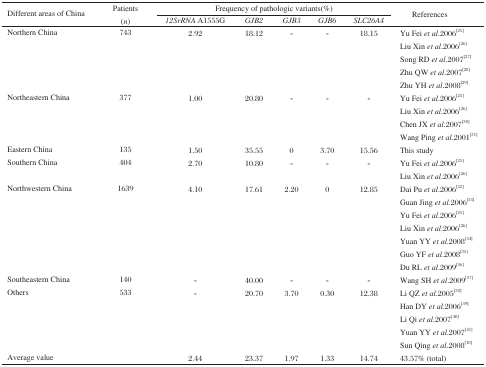
<table><thead><tr><td rowspan="2"><b>Different areas of China</b></td><td rowspan="2"><b>Patients (<i>n</i>)</b></td><td colspan="5"><b>Frequency of pathologic variants(%)</b></td><td rowspan="2"><b>References</b></td></tr><tr><td><b><i>12SrRNA</i> A1555G</b></td><td><b><i>GJB2</i></b></td><td><b><i>GJB3</i></b></td><td><b><i>GJB6</i></b></td><td><b><i>SLC26A4</i></b></td></tr></thead><tbody><tr><td>Northern China</td><td>743</td><td>2.92</td><td>18.12</td><td>-</td><td>-</td><td>18.15</td><td>Yu Fei <i>et al</i>.2006[25]</td></tr><tr><td></td><td></td><td></td><td></td><td></td><td></td><td></td><td>Liu Xin <i>et al</i>.2006[26]</td></tr><tr><td></td><td></td><td></td><td></td><td></td><td></td><td></td><td>Song RD <i>et al</i>.2007[27]</td></tr><tr><td></td><td></td><td></td><td></td><td></td><td></td><td></td><td>Zhu QW <i>et al</i>.2007[28]</td></tr><tr><td></td><td></td><td></td><td></td><td></td><td></td><td></td><td>Zhu YH <i>et al</i>.2008[29]</td></tr><tr><td>Northeastern China</td><td>377</td><td>1.00</td><td>20.80</td><td>-</td><td>-</td><td>-</td><td>Yu Fei <i>et al</i>.2006[25]</td></tr><tr><td></td><td></td><td></td><td></td><td></td><td></td><td></td><td>Liu Xin <i>et al</i>.2006[26]</td></tr><tr><td></td><td></td><td></td><td></td><td></td><td></td><td></td><td>Chen JX <i>et al</i>.2007[30]</td></tr><tr><td></td><td></td><td></td><td></td><td></td><td></td><td></td><td>Wang Ping <i>et al</i>.2001[31]</td></tr><tr><td>Eastern China</td><td>135</td><td>1.50</td><td>35.55</td><td>0</td><td>3.70</td><td>15.56</td><td>This study</td></tr><tr><td>Southern China</td><td>404</td><td>2.70</td><td>10.80</td><td>-</td><td>-</td><td>-</td><td>Yu Fei <i>et al</i>.2006[25]</td></tr><tr><td></td><td></td><td></td><td></td><td></td><td></td><td></td><td>Liu Xin <i>et al</i>.2006[26]</td></tr><tr><td>Northwestern China</td><td>1639</td><td>4.10</td><td>17.61</td><td>2.20</td><td>0</td><td>12.85</td><td>Dai Pu <i>et al</i>.2006[32]</td></tr><tr><td></td><td></td><td></td><td></td><td></td><td></td><td></td><td>Guan Jing <i>et al</i>.2006[33]</td></tr><tr><td></td><td></td><td></td><td></td><td></td><td></td><td></td><td>Yu Fei <i>et al</i>.2006[25]</td></tr><tr><td></td><td></td><td></td><td></td><td></td><td></td><td></td><td>Liu Xin <i>et al</i>.2006[26]</td></tr><tr><td></td><td></td><td></td><td></td><td></td><td></td><td></td><td>Yuan YY <i>et al</i>.2008[34]</td></tr><tr><td></td><td></td><td></td><td></td><td></td><td></td><td></td><td>Guo YF <i>et al</i>.2008[35]</td></tr><tr><td></td><td></td><td></td><td></td><td></td><td></td><td></td><td>Du RL <i>et al</i>.2009[36]</td></tr><tr><td>Southeastern China</td><td>140</td><td>-</td><td>40.00</td><td>-</td><td>-</td><td>-</td><td>Wang SH <i>et al</i>.2009[37]</td></tr><tr><td>Others</td><td>533</td><td>-</td><td>20.70</td><td>3.70</td><td>0.30</td><td>12.38</td><td>Li QZ <i>et al</i>.2005[38]</td></tr><tr><td></td><td></td><td></td><td></td><td></td><td></td><td></td><td>Han DY <i>et al</i>.2006[39]</td></tr><tr><td></td><td></td><td></td><td></td><td></td><td></td><td></td><td>Li Qi <i>et al</i>.2007[40]</td></tr><tr><td></td><td></td><td></td><td></td><td></td><td></td><td></td><td>Yuan YY <i>et al</i>.2007[41]</td></tr><tr><td></td><td></td><td></td><td></td><td></td><td></td><td></td><td>Sun Qing <i>et al</i>.2008[18]</td></tr><tr><td>Average value</td><td></td><td>2.44</td><td>23.37</td><td>1.97</td><td>1.33</td><td>14.74</td><td>43.57% (total)</td></tr></tbody></table>